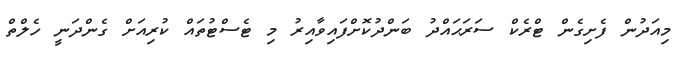
މިއަދުން ފެށިގެން ޓްރެކް ސަރަޙައްދު ބަންދުކޮށްފައިވާއިރު މި ޓެސްޓުތައް ކުރިއަށް ގެންދަނީ ހެލްތް